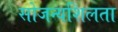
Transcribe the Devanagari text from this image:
सोजन्यशिलता